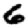
Digit: 6